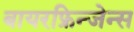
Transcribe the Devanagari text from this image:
बायरफ्रिन्जेन्स